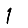
Digit: 1